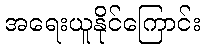
အရေးယူနိုင်ကြောင်း